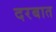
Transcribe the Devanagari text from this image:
दरबात